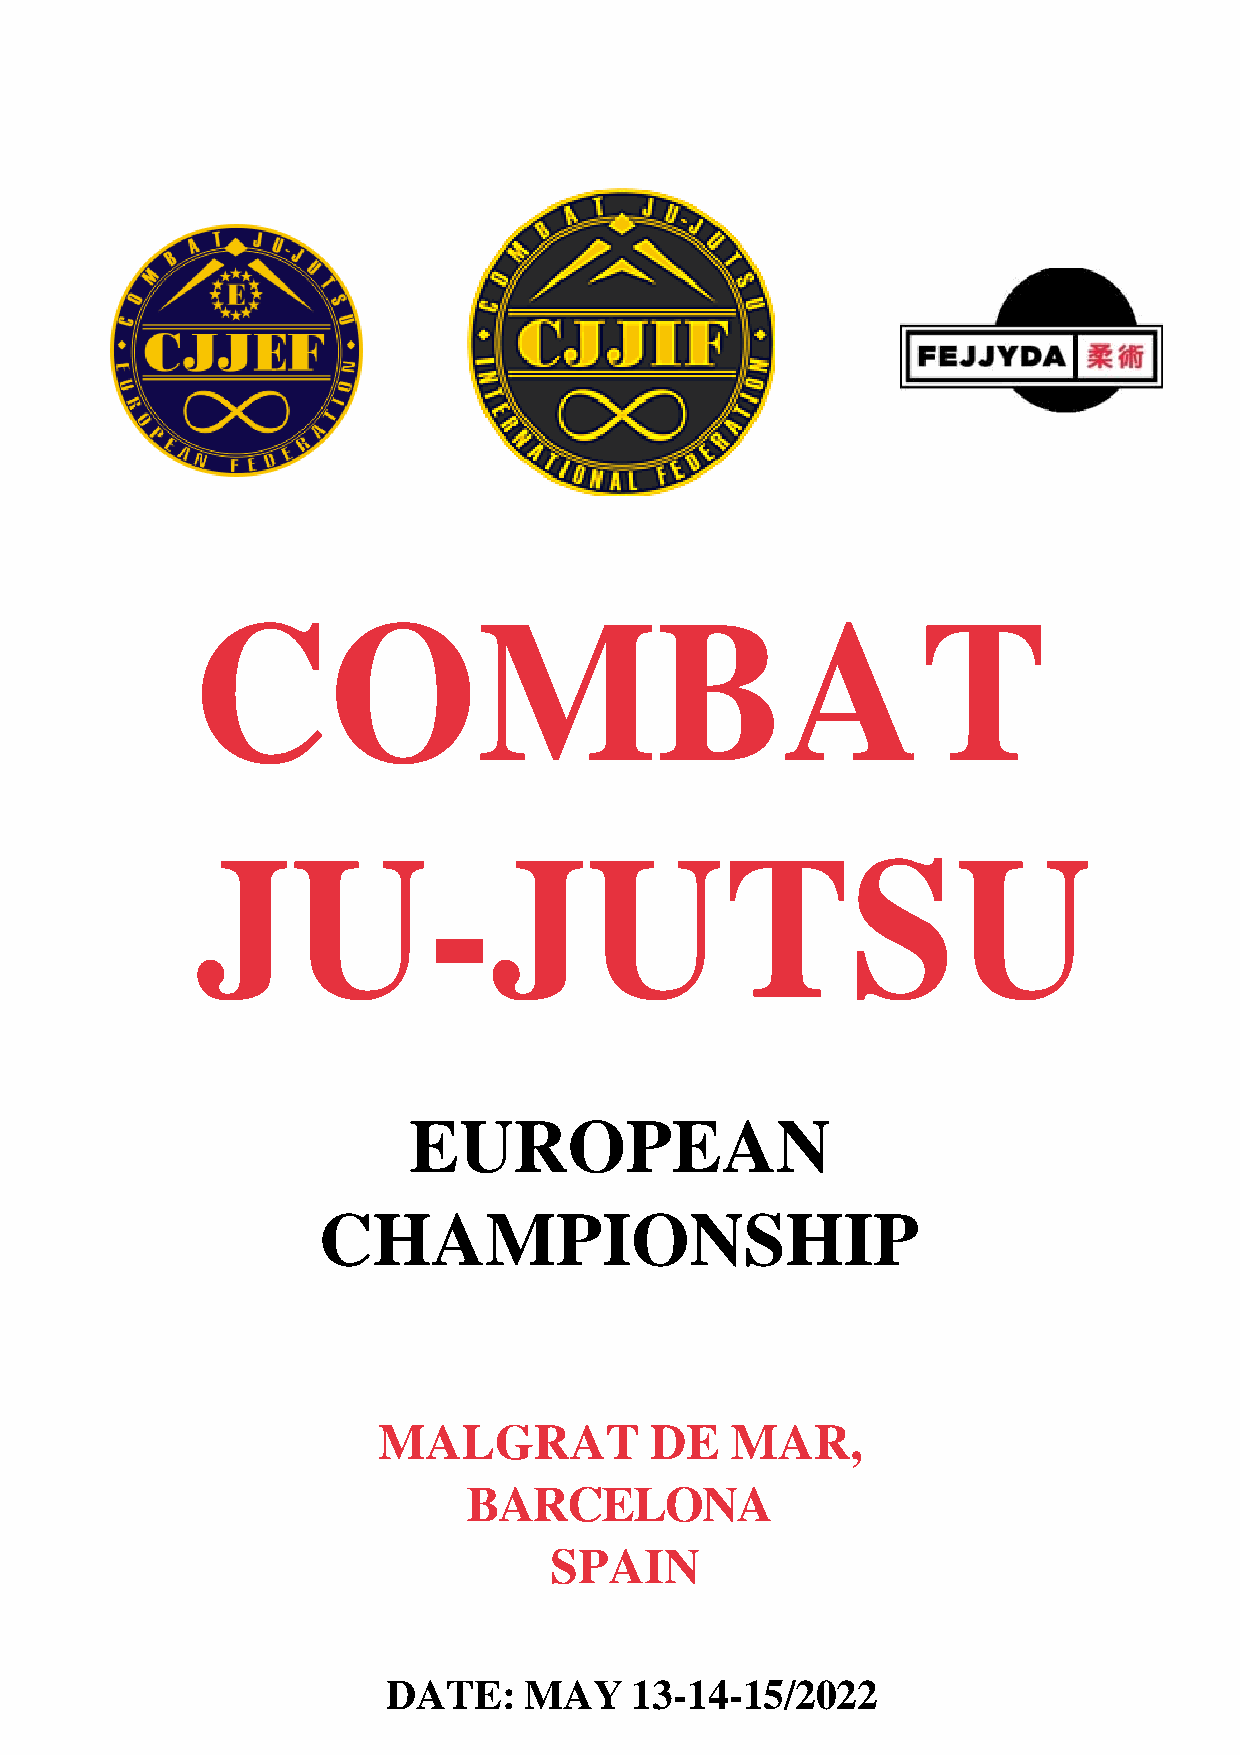
COMBAT
 JU-JUTSU
 EUROPEAN
 CHAMPIONSHIP
 MALGRAT           DE   MAR,
 BARCELONA
 SPAIN
 DATE:    MAY    13-14-15/2022